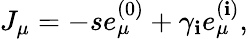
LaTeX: J_{\mu}=-se_{\mu}^{(0)}+\gamma_{\mathbf{i}}e_{\mu}^{(\mathbf{i})},